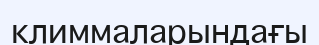
климмаларындағы